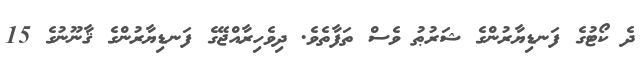
ދެ ކޯޓުގެ ފަނޑިޔާރުންގެ ޝަރުޠު ވެސް ތަފާތެވެ. ދިވެހިރާއްޖޭގެ ފަނޑިޔާރުންގެ ޤާނޫނުގެ 15